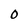
Character: 0